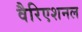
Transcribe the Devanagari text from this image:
वैरिएशनल